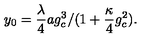
\: y _ { 0 } = \frac { \lambda } { 4 } a g _ { c } ^ { 3 } / ( 1 + \frac { \kappa } { 4 } g _ { c } ^ { 2 } ) . \: